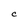
Character: C